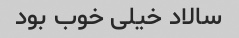
سالاد خیلی خوب بود